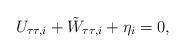
LaTeX: \begin{align*}U_{\tau\tau, i} + \tilde{W}_{\tau\tau, i} + \eta_i = 0,\end{align*}